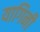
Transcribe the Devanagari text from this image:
यागिनी